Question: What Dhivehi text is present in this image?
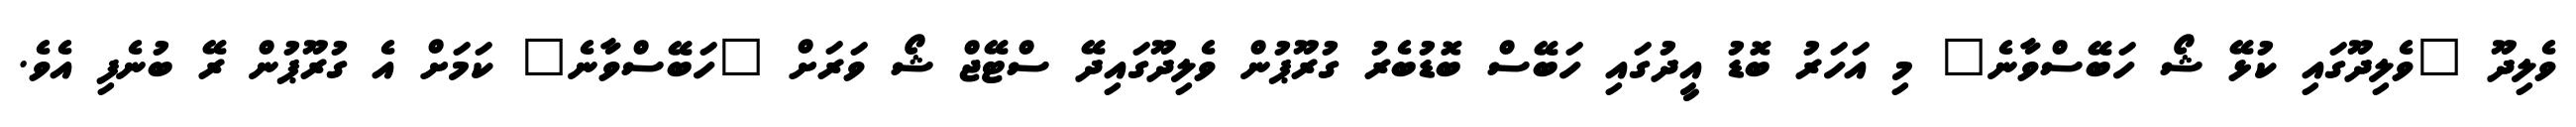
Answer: ވެލިދޫ "ވެލިދޫގައި ކުޅޭ ޝޯ ހަބޭސްވާނެ" މި އަހަރު ބޮޑު އީދުގައި ހަބޭސް ބޮޑުބެރު ގުރޫޕުން ވެލިދޫގައިދޭ ސްޓޭޖް ޝޯ ވަރަށް "ހަބޭސްވާނެ" ކަމަށް އެ ގުރޫޕުން ރޭ ބުނެފި އެވެ.